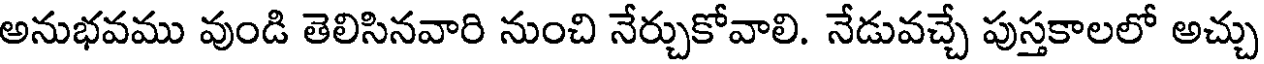
అనుభవము వుండి తెలిసినవారి నుంచి నేర్చుకోవాలి. నేడువచ్చే పుస్తకాలలో అచ్చు